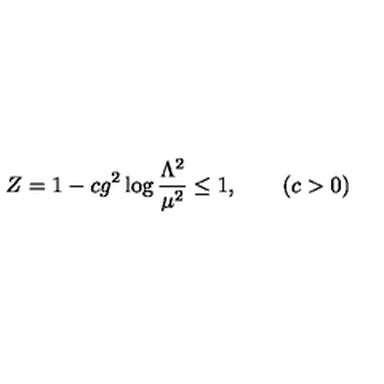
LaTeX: Z = 1 - c g ^ { 2 } \log { \frac { \Lambda ^ { 2 } } { \mu ^ { 2 } } } \leq 1 , \qquad ( c > 0 )